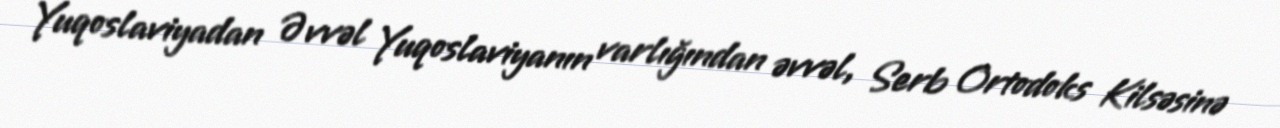
Yuqoslaviyadan Əvvəl Yuqoslaviyanın varlığından əvvəl, Serb Ortodoks Kilsəsinə